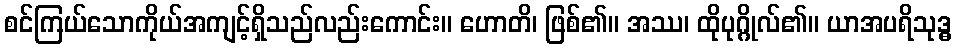
စင်ကြယ်သောကိုယ်အကျင့်ရှိသည်လည်းကောင်း။ ဟောတိ၊ ဖြစ်၏။ အဿ၊ ထိုပုဂ္ဂိုလ်၏။ ယာအပရိသုဒ္ဓ